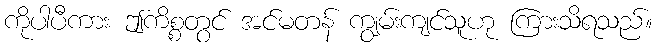
ကိုပါပီကား ဤကိစ္စတွင် အင်မတန် ကျွမ်းကျင်သူဟု ကြားသိရသည်။